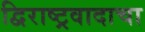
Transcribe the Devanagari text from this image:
द्विराष्ट्रवादाचा